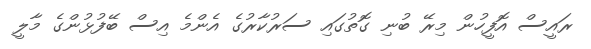
ރައީސް އޮފީހުން މިރޭ ބުނި ގޮތުގައި ސަރުކާރުގެ އެންމެ އިސް ބޭފުޅުންގެ މާލީ